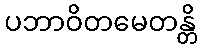
ပဘာဝိတမေတန္တိ